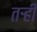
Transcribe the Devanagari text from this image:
तऱ्हीं